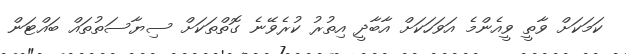
ކަމަކަށް ވާތީ ވީއެންމެ އަވަހަކަށް އާބާދީ އިތުރު ކުރެވޭނެ ގޮތްތަކަށް ސިޔާސަތުތައް ބައްޓަން